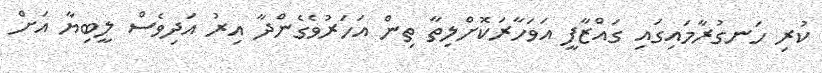
ކުރި ހަނގުރާމައިގައި ގައްޒާފީ އަވަހާރަކޮށްލިތާ ތިން އަހަރުވެގެންދާ އިރު އަދިވެސް ލީބިޔާ އަށް